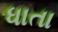
ધાતા